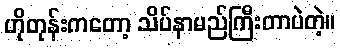
ဟိုတုန်းကတော့ သိပ်နာမည်ကြီးတာပဲတဲ့။